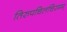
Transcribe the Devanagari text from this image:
तिरुपचिलचिरमम्